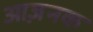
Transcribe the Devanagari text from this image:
आज़नक